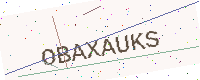
Text: OBAXAUKS